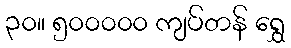
၃၀။ ၅၀၀၀၀၀ ကျပ်တန် ရွှေ